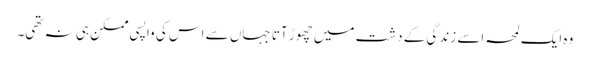
وہ ایک لمحہ اسے زندگی کے دشت میں چھوڑ آتا جہاں سے اس کی واپسی ممکن ہی نہ تھی۔